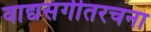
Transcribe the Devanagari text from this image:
वाद्यसंगीतरचना